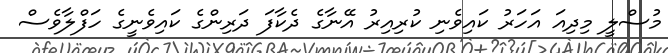
މުސްލީ މިދިއަ އަހަރު ކައިވެނި ކުރިއިރު އޭނާގެ ދެކާފަ ދަރިންގެ ކައިވެނީގެ ހަފްލާވެސް